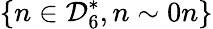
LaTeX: \lbrace n\in{\mathcal{D}}_{6}^{*},n\sim 0n\rbrace